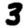
Digit: 3